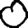
Digit: 0